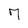
Character: 7